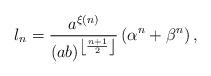
LaTeX: \begin{align*}l_{n}=\dfrac{a^{\xi \left( n\right) }}{\left(ab\right) ^{\left\lfloor \frac{n+1}{2}\right\rfloor }}\left(\alpha^{n}+\beta ^{n}\right),\end{align*}